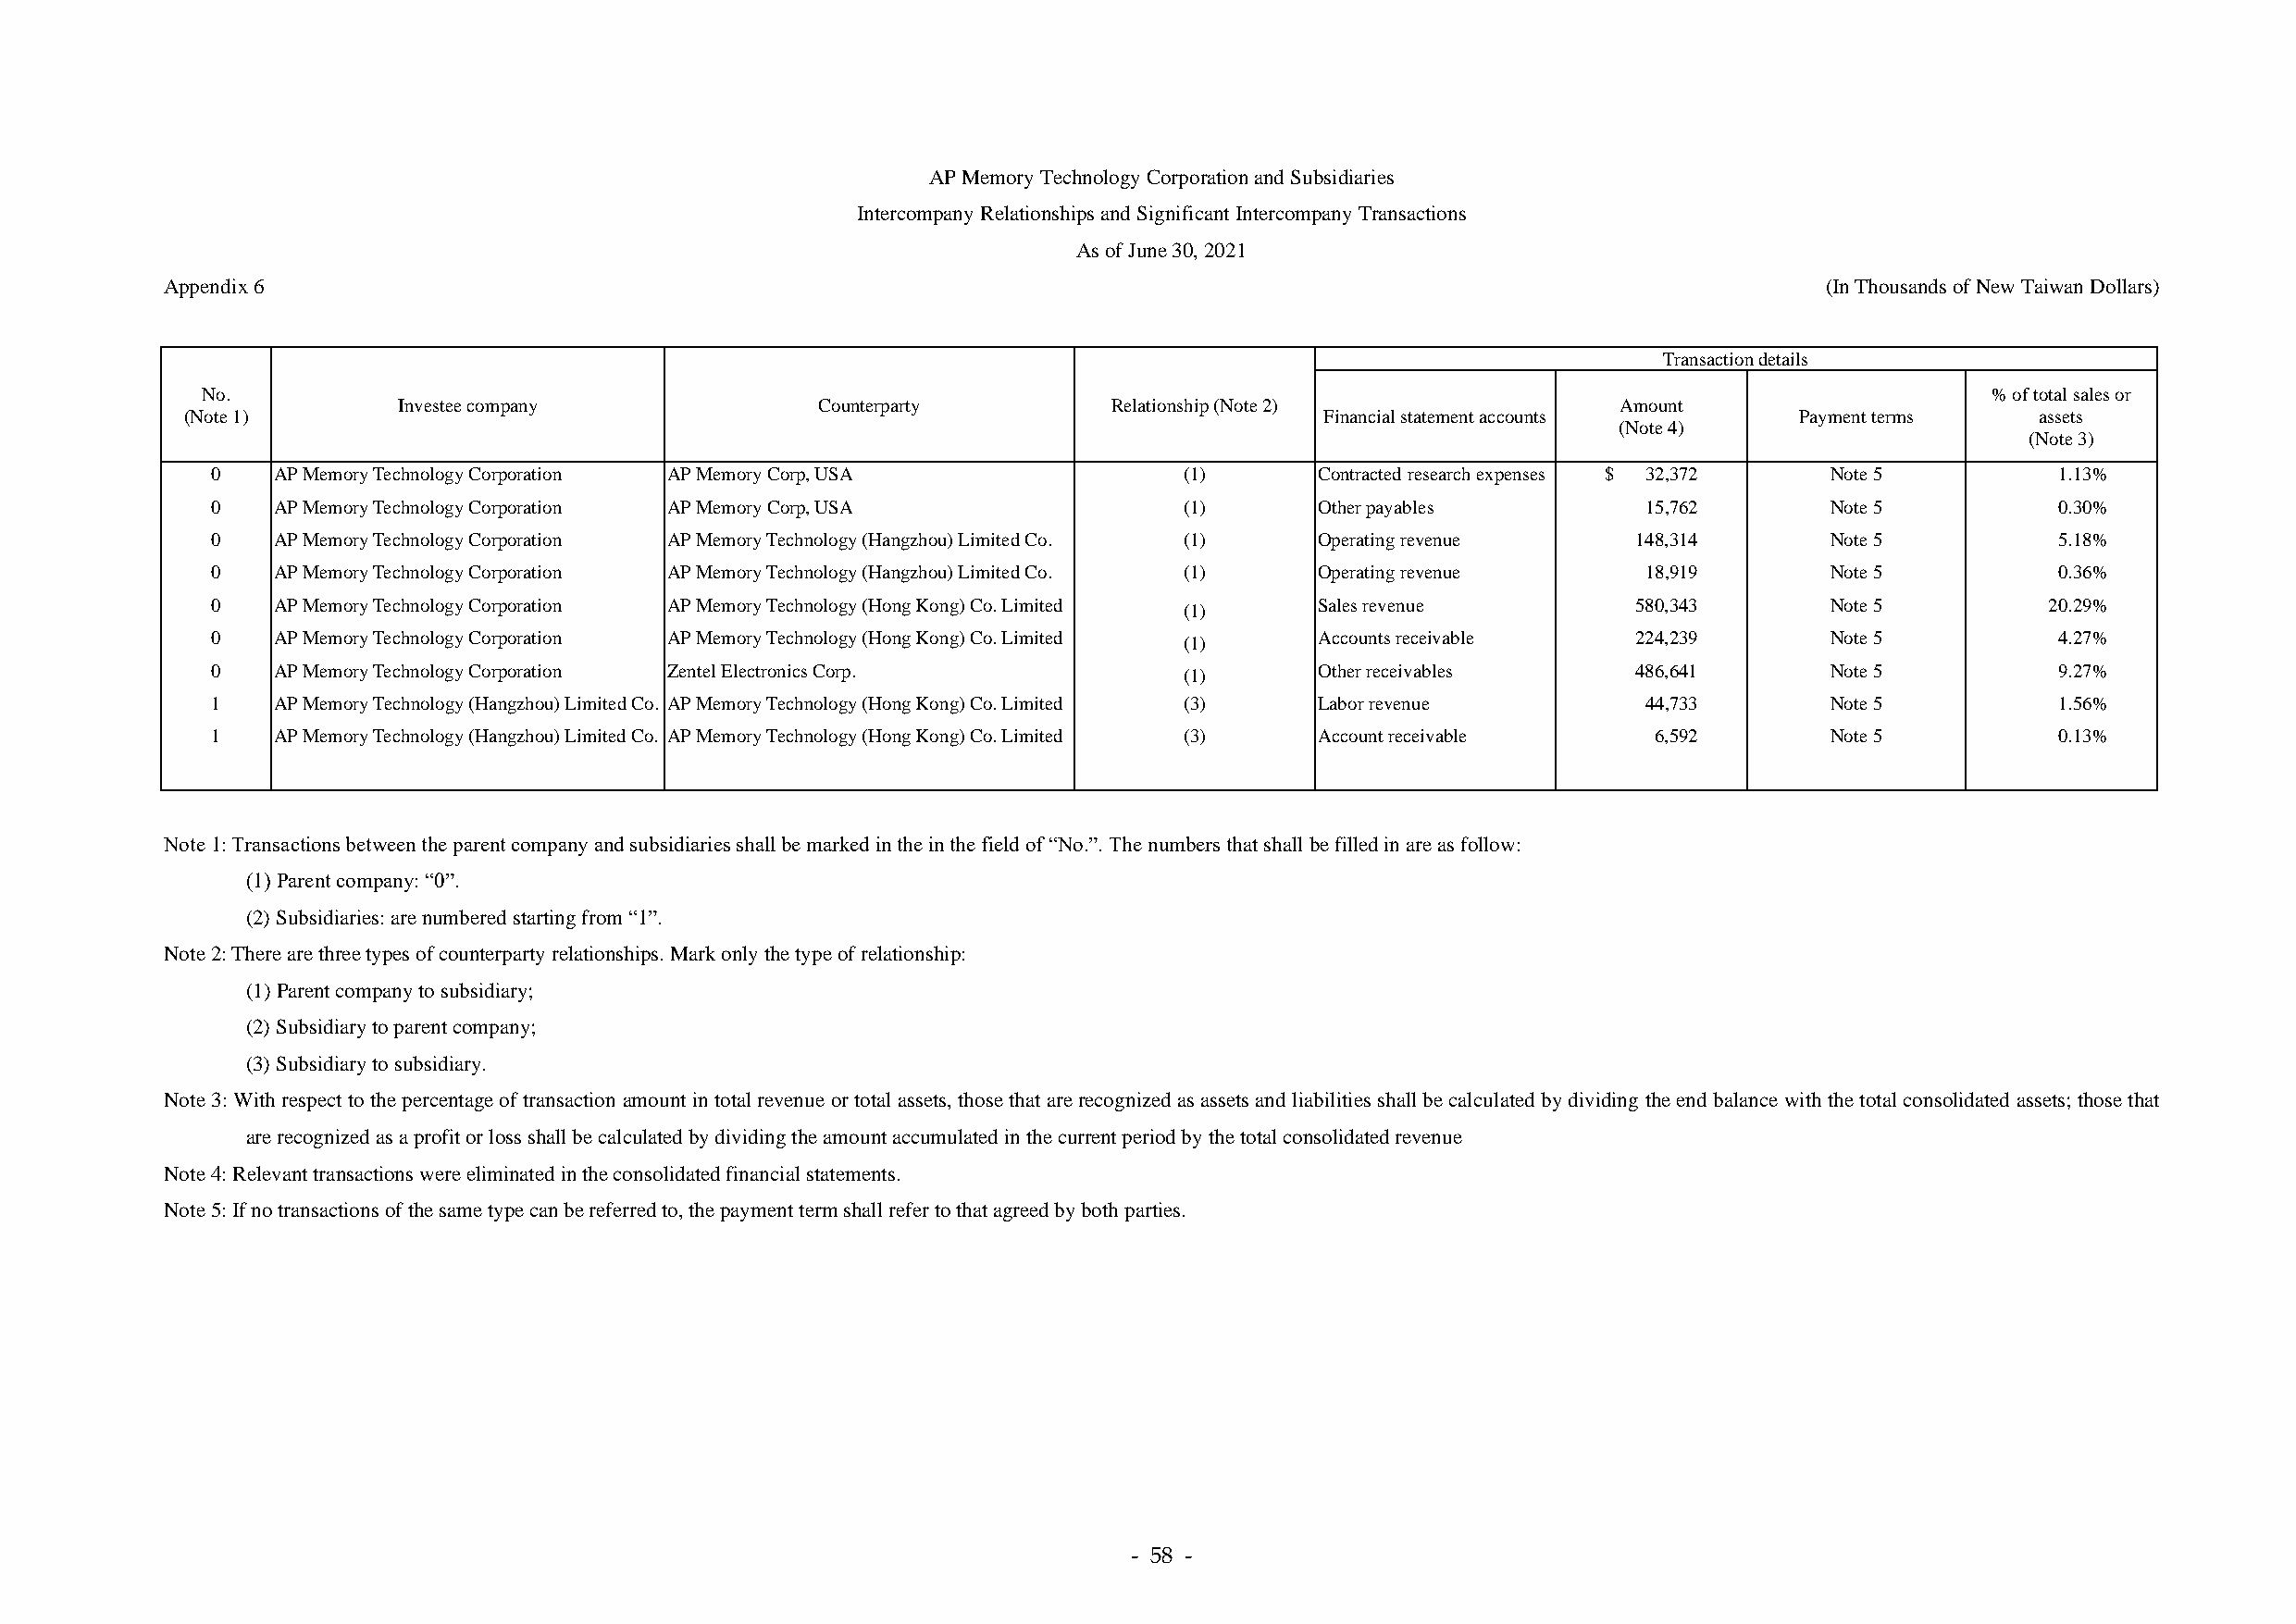
AP Memory Technology Corporation and Subsidiaries
 Intercompany Relationships and Significant Intercompany Transactions
 As of June 30, 2021
 Appendix 6                                                                                                             (In Thousands of New Taiwan Dollars)
 Transaction details
 No.                                                                                                                             % of total sales or
 Investee company               Counterparty        Relationship (Note 2)                Amount
 (Note 1)                                                                          Financial statement accounts      Payment terms    assets
 (Note 4)
 (Note 3)
 0    AP Memory Technology Corporation AP Memory Corp, USA             (1)      Contracted research expenses $ 32,372 Note 5         1.13%
 0    AP Memory Technology Corporation AP Memory Corp, USA             (1)      Other payables          15,762       Note 5          0.30%
 0    AP Memory Technology Corporation AP Memory Technology (Hangzhou) Limited Co. (1) Operating revenue 148,314     Note 5          5.18%
 0    AP Memory Technology Corporation AP Memory Technology (Hangzhou) Limited Co. (1) Operating revenue 18,919      Note 5          0.36%
 0    AP Memory Technology Corporation AP Memory Technology (Hong Kong) Co. Limited (1) Sales revenue  580,343       Note 5          20.29%
 0    AP Memory Technology Corporation AP Memory Technology (Hong Kong) Co. Limited (1) Accounts receivable 224,239  Note 5          4.27%
 0    AP Memory Technology Corporation Zentel Electronics Corp.        (1)      Other receivables      486,641       Note 5          9.27%
 1    AP Memory Technology (Hangzhou) Limited Co. A P Memory Technology (Hong Kong) Co. Limited (3) Labor revenue 44,733 Note 5      1.56%
 1    AP Memory Technology (Hangzhou) Limited Co. A P Memory Technology (Hong Kong) Co. Limited (3) Account receivable 6,592 Note 5  0.13%
 Note 1: Transactions between the parent company and subsidiaries shall be marked in the in the field of “No.”. The numbers that shall be filled in are as follow:
 (1) Parent company: “0”.
 (2) Subsidiaries: are numbered starting from “1”.
 Note 2: There are three types of counterparty relationships. Mark only the type of relationship:
 (1) Parent company to subsidiary;
 (2) Subsidiary to parent company;
 (3) Subsidiary to subsidiary.
 Note 3: With respect to the percentage of transaction amount in total revenue or total assets, those that are recognized as assets and liabilities shall be calculated by dividing the end balance with the total consolidated assets; those that
 are recognized as a profit or loss shall be calculated by dividing the amount accumulated in the current period by the total consolidated revenue
 Note 4: Relevant transactions were eliminated in the consolidated financial statements.
 Note 5: If no transactions of the same type can be referred to, the payment term shall refer to that agreed by both parties.
 - 58 -